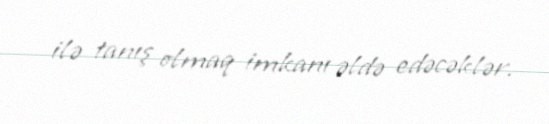
ilə tanış olmaq imkanı əldə edəcəklər.